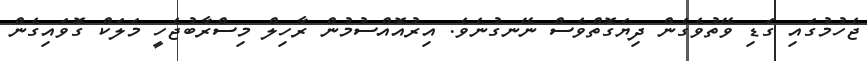
ޖެހުމުގައި ގަޑި ވޭތުވެގެން ދިޔަގޮތްވެސް ނޭނގުނެވެ. އިރުއޮއްސުމުން ރާހިލް މިސްރާބުޖެހީ މަލަކް ގޮވައިގެން